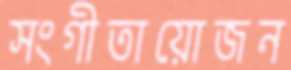
সংগীতায়োজন